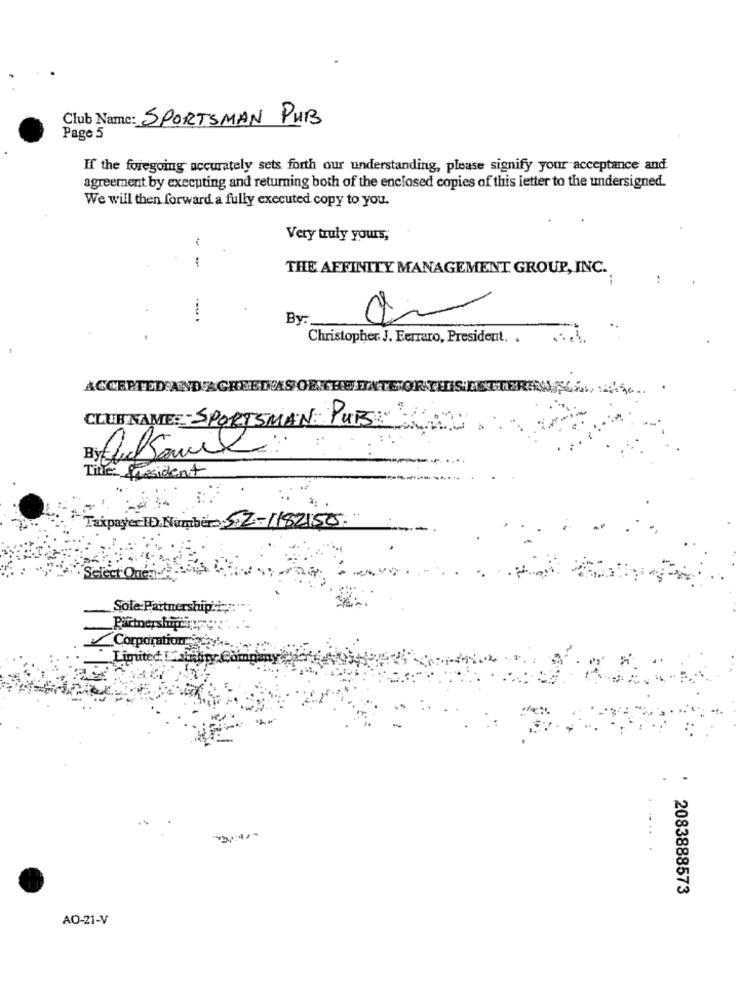
Club Name: SPORTSMAN PUB
Page 5
If the foregoing accurately sets forth our understanding, please signify your acceptance and
agreement by executing and returning both of the enclosed copies of this letter to the undersigned.
We will then forward a fully executed copy to you.
Very truly yours,
THE AFFINITY MANAGEMENT GROUP, INC.
By:
Christopher. J. Ferraro, President. .
ACCEPTED AND AGREED'S OR THE DATE OF THIS LETTERTO
CLUB NAME: SPORTSMAN PUB
Title: President
Taxpayer ID Number 52-1182150."
Sole Partnershipit;
Corporation
Limited Li Many Cam
2083888573
AO-21-V